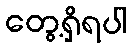
တွေ့ရှိရပါ